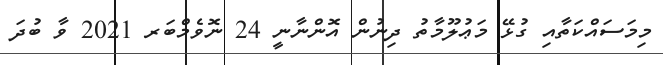
މިމަސައްކަތާއި ގުޅޭ މަޢުލޫމާތު ދިނުން އޮންނާނީ 24 ނޮވެމްބަރ 2021 ވާ ބުދަ